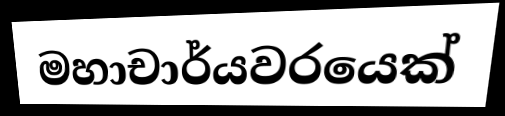
මහාචාර්යවරයෙක්